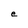
Character: e